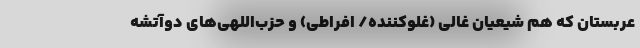
عربستان که هم شیعیانِ غالی (غلو‌کننده/ افراطی) و حزب‌اللهی‌های دو‌آتشه